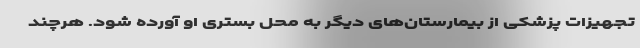
تجهیزات پزشکی از بیمارستان‌های دیگر به محل بستری او آورده شود. هرچند